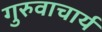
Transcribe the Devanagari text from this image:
गुरुवाचार्य